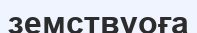
земствуоға